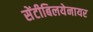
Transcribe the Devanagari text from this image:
सेंटीबिलयेनायर